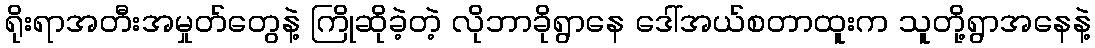
ရိုးရာအတီးအမှုတ်တွေနဲ့ ကြိုဆိုခဲ့တဲ့ လိုဘာခိုရွာနေ ဒေါ်အယ်စတာထူးက သူတို့ရွာအနေနဲ့